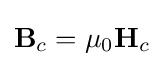
{\textbf {B}}_{c}=\mu _{0}{\textbf {H}}_{c}